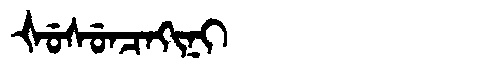
Manchu: ᡧᡠᠰᡠᠨᠴᠠᡴᡳᠨᡳ
Romanization: ŠUSUNCAKINI